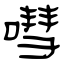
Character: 嘒